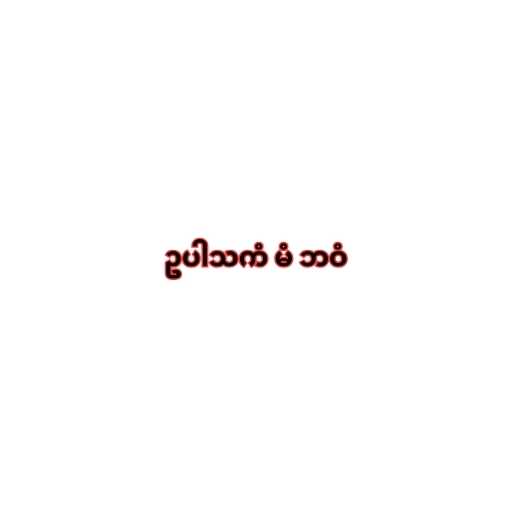
ဥပါသကံ မံ ဘဝံ